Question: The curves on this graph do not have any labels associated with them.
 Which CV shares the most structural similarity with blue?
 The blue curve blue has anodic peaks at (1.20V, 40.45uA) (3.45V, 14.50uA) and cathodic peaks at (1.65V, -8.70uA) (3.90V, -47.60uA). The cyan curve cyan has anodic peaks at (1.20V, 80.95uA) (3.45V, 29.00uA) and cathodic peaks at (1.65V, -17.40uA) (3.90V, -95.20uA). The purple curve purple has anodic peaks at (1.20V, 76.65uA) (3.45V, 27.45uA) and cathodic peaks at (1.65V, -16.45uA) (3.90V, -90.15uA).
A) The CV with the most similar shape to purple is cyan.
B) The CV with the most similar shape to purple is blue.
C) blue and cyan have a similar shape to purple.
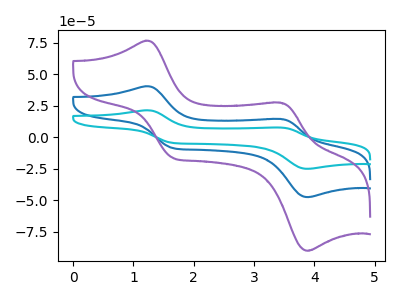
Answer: <think>All the peaks in "blue" have a peak in "cyan" at the same potential. Every peak in "blue" is lower than every peak in "cyan". All the peaks in "blue" have a peak in "purple" at the same potential. Every peak in "blue" is lower than every peak in "purple". All the peaks in "cyan" have a peak in "purple" at the same potential. Every peak in "cyan" is higher than every peak in "purple".
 </think>
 <answer>C) "blue" and "cyan" have a similar shape to "purple".</answer>
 <eval>C</eval>